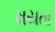
મયતા